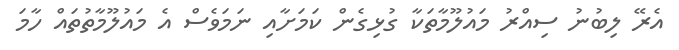
އެރޭ ލިބުނު ސިއްރު މައުލޫމާތަކާ ގުޅިގެން ކަމަށާއި ނަމަވެސް އެ މައުލޫމާތުތައް ހާމަ